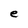
Character: e